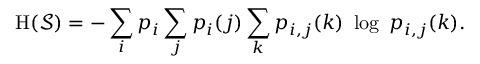
\mathrm { H } ( { \mathcal { S } } ) = - \sum _ { i } p _ { i } \sum _ { j } p _ { i } ( j ) \sum _ { k } p _ { i , j } ( k ) \ \log \ p _ { i , j } ( k ) .